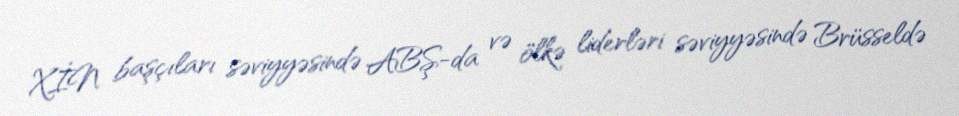
XİN başçıları səviyyəsində ABŞ-da və ölkə liderləri səviyyəsində Brüsseldə